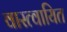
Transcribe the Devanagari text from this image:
वास्त्वायित